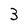
Character: 3